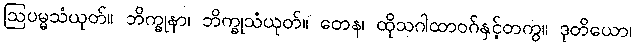
ဩပမ္မသံယုတ်။ ဘိက္ခုနာ၊ ဘိက္ခုသံယုတ်။ တေန၊ ထိုသဂါထာဝဂ်နှင့်တကွ။ ဒုတိယော၊